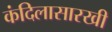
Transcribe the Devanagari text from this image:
कंदिलासारखी